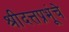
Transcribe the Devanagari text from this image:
श्रीदत्तप्रभूंचे